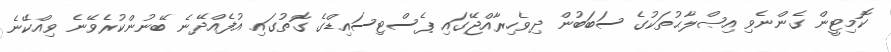
ކޮމިޓީން ގެންނެވި އިޞްލާޙުތަކުގެ ސަބަބުން ދިވެހިރާއްޖޭގައި ޕެސްޓިސައިޑްގެ ގޮތުގައި އުފެއްދޭނެ ބޭނުންކުރެވޭނެ ވިއްކޭނެ